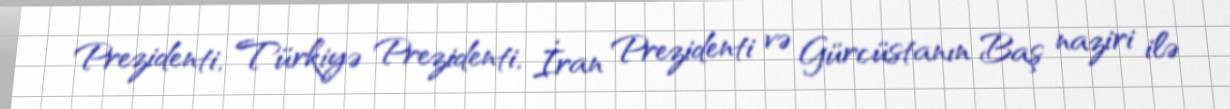
Prezidenti, Türkiyə Prezidenti, İran Prezidenti və Gürcüstanın Baş naziri ilə